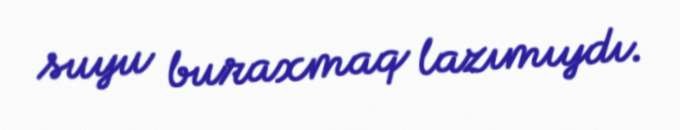
suyu buraxmaq lazımıydı.